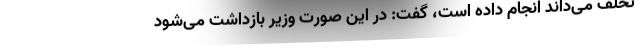
تخلف می‌داند انجام داده است، گفت: در این صورت وزیر بازداشت می‌شود